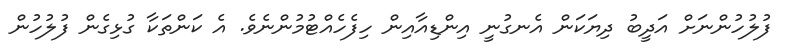
ފުލުހުންނަށް އަދީބު ދިޔަކަން އެނގުނީ އިންޑިއާއިން ހިފެހެއްޓުމުންނެވެ. އެ ކަންތަކާ ގުޅިގެން ފުލުހުން